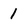
Character: 1